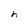
Character: h